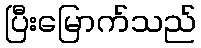
ပြီးမြောက်သည်